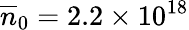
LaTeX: \overline{{n}}_{0}=2.2\times\mathrm{10^{18}}